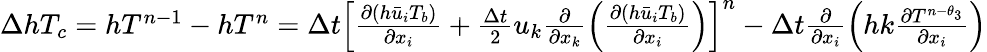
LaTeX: \begin{array}{r}{\Delta h{{T}_{c}}=h{{T}^{n-1}}-h{{T}^{n}}=\Delta t{{\left[\frac{\partial\left(h{{{\bar{u}}}_{i}}T_{b}\right)}{\partial{{x}_{i}}}+\frac{\Delta t}{2}{{u}_{k}}\frac{\partial}{\partial{{x}_{k}}}\left(\frac{\partial\left(h{{{\bar{u}}}_{i}}T_{b}\right)}{\partial{{x}_{i}}}\right)\right]}^{n}}-\Delta t\frac{\partial}{\partial{{x}_{i}}}\left(hk\frac{\partial{{T}^{n-{{\theta}_{3}}}}}{\partial{{x}_{i}}}\right)}\end{array}